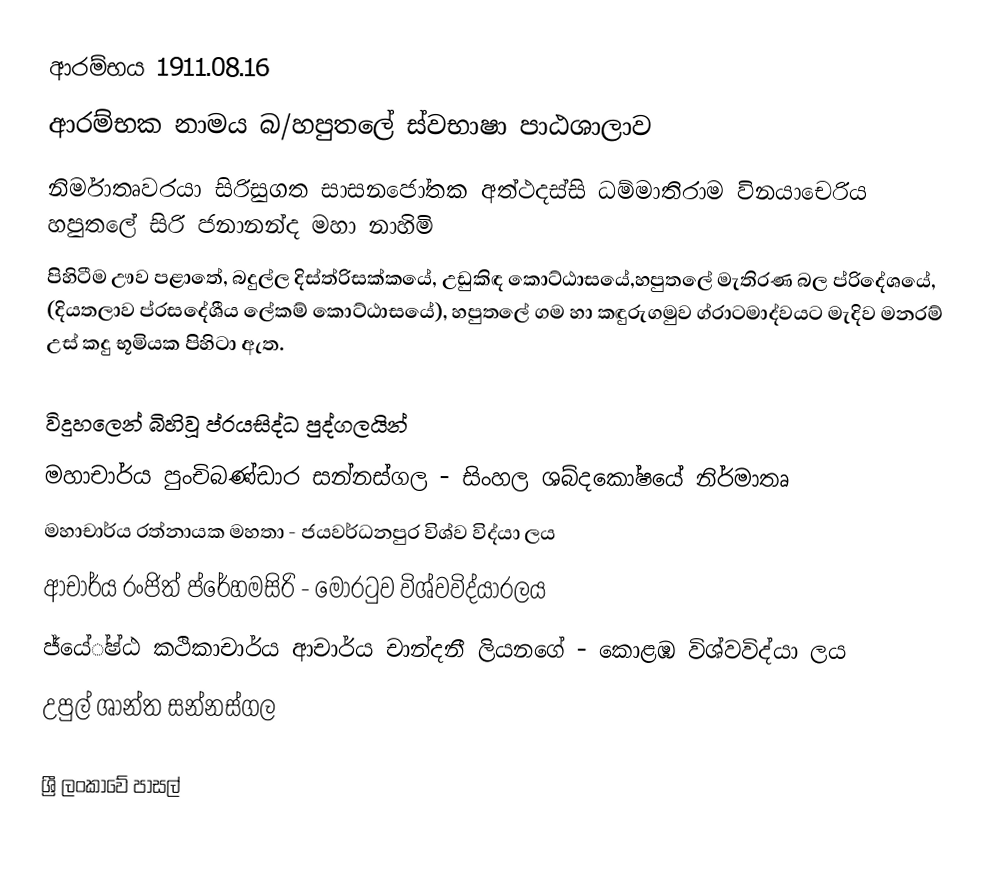
ආරම්භය 1911.08.16
ආරම්භක නාමය බ/හපුතලේ ස්වභාෂා පාඨශාලාව
නිර්මාතෘවරයා සිරිසුගත සාස‍නජෝතක අත්ථදස්සි ධම්මාතිරාම විනයාච‍ෙරිය හපුතලේ සිරි ජනානන්ද මහා නාහිමි
පිහිටීම ඌව පළාතේ, බදුල්ල දිස්ත්රිසක්කයේ, උඩුකිඳ කොට්ඨාසයේ,හපුතලේ මැතිරණ බල ප්රිදේශයේ, (දියතලාව ප්රසදේශීය ලේකම් කොට්ඨාසයේ), හපුතලේ ගම හා කඳුරුගමුව ග්රාටමාද්වයට මැදිව මනරම් උස් කදු භූමියක පිහිටා ඇත.

විදුහලෙන් බිහිවූ ප්රයසිද්ධ පුද්ගලයින්
මහාචාර්ය පුංචිබණ්ඩාර සන්නස්ගල - සිංහල ශබ්දකෝෂයේ නිර්මාතෘ
මහාචාර්ය රත්නායක මහතා - ජයවර්ධනපුර විශ්ව විද්යා ලය
ආචාර්ය රංජිත් ප්රේහමසිරි - මොරටුව විශ්වවිද්යාරලය
ජ්යේ්ෂ්ඨ කථිකාචාර්ය ආචාර්ය චාන්දනී ලියනගේ - කොළඹ විශ්වවිද්යා ලය
උපුල් ශාන්ත සන්නස්ගල

ශ්‍රී ලංකාවේ පාසල්